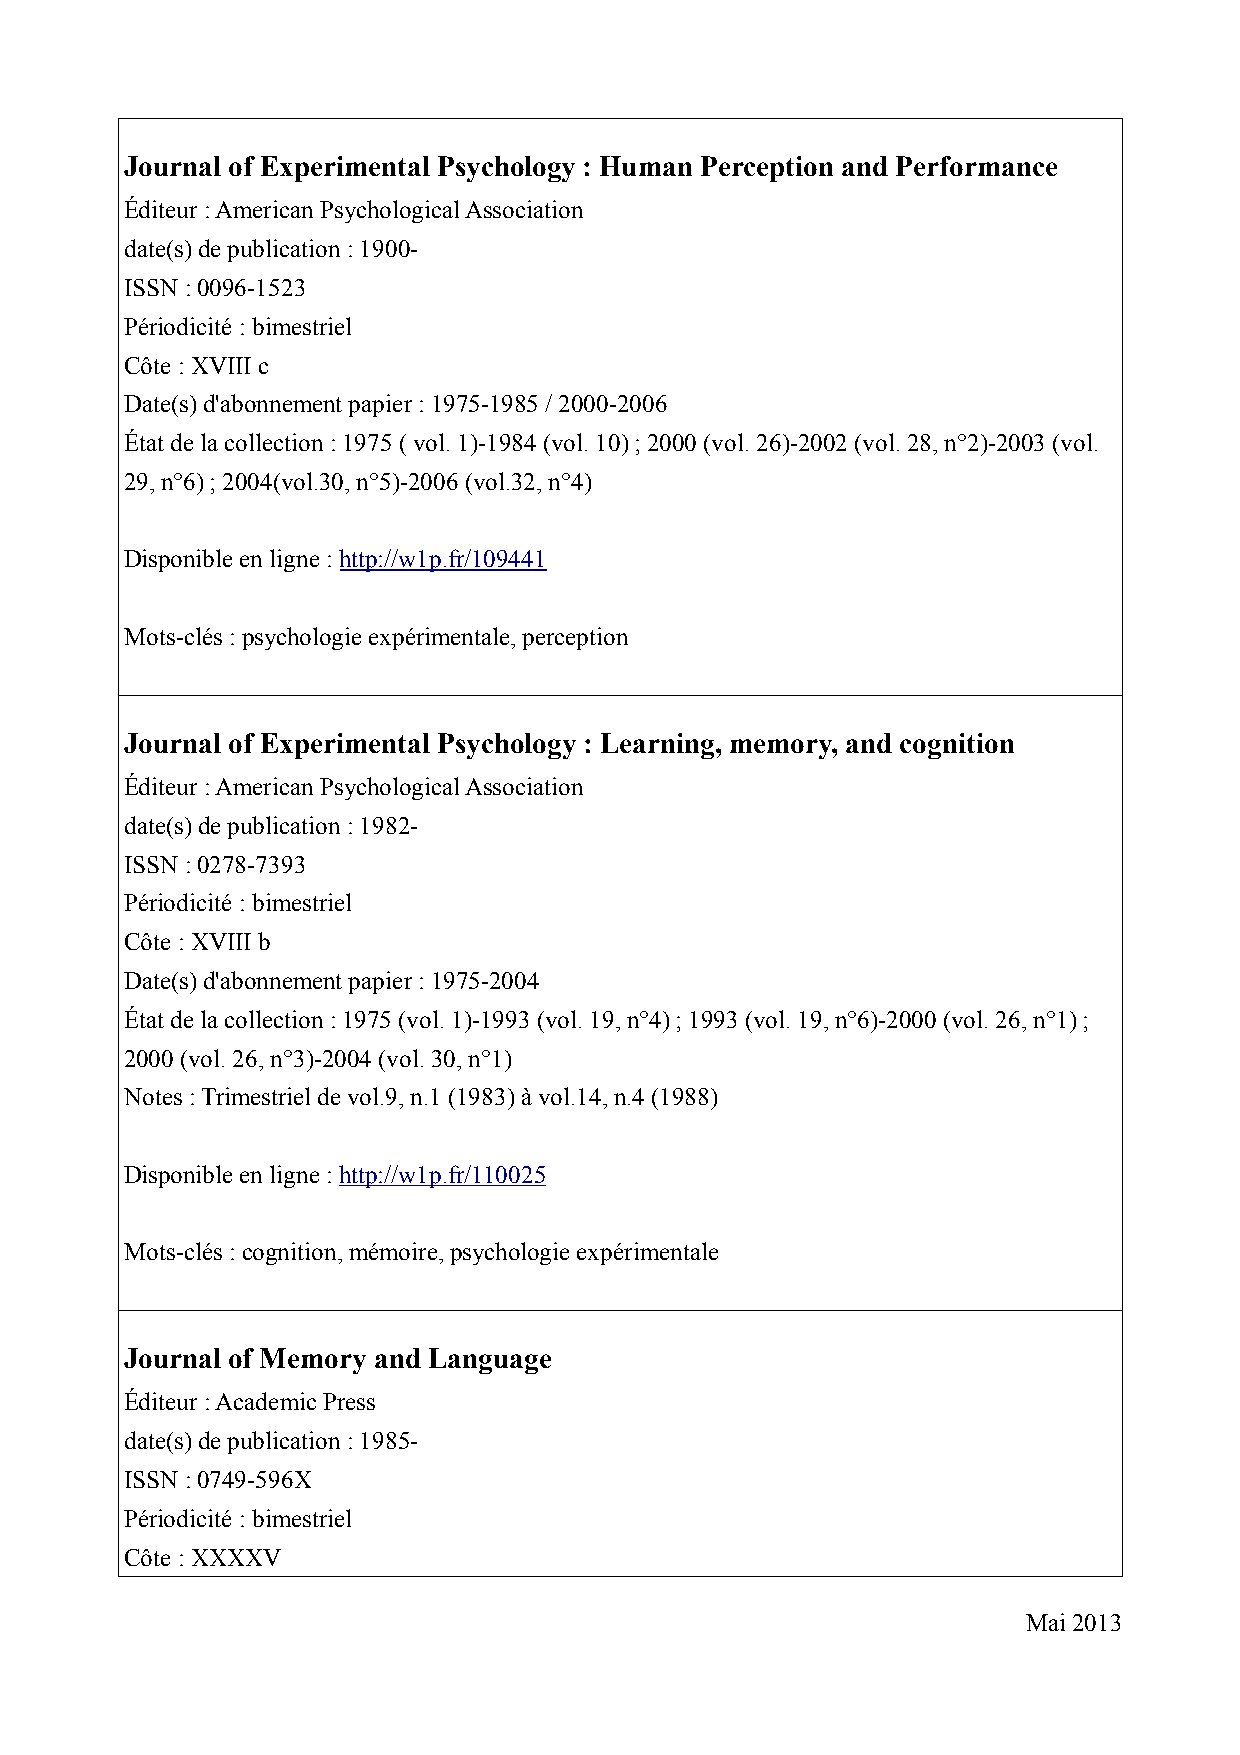
Journal of Experimental Psychology : Human Perception and Performance
 Éditeur : American Psychological Association
 date(s) de publication : 1900-
 ISSN : 0096-1523
 Périodicité : bimestriel
 Côte : XVIII c
 Date(s) d'abonnement papier : 1975-1985 / 2000-2006
 État de la collection : 1975 ( vol. 1)-1984 (vol. 10) ; 2000 (vol. 26)-2002 (vol. 28, n°2)-2003 (vol.
 29, n°6) ; 2004(vol.30, n°5)-2006 (vol.32, n°4)
 Disponible en ligne : http://w1p.fr/109441
 Mots-clés : psychologie expérimentale, perception
 Journal of Experimental Psychology : Learning, memory, and cognition
 Éditeur : American Psychological Association
 date(s) de publication : 1982-
 ISSN : 0278-7393
 Périodicité : bimestriel
 Côte : XVIII b
 Date(s) d'abonnement papier : 1975-2004
 État de la collection : 1975 (vol. 1)-1993 (vol. 19, n°4) ; 1993 (vol. 19, n°6)-2000 (vol. 26, n°1) ;
 2000 (vol. 26, n°3)-2004 (vol. 30, n°1)
 Notes : Trimestriel de vol.9, n.1 (1983) à vol.14, n.4 (1988)
 Disponible en ligne : http://w1p.fr/110025
 Mots-clés : cognition, mémoire, psychologie expérimentale
 Journal of Memory and Language
 Éditeur : Academic Press
 date(s) de publication : 1985-
 ISSN : 0749-596X
 Périodicité : bimestriel
 Côte : XXXXV
 Mai 2013